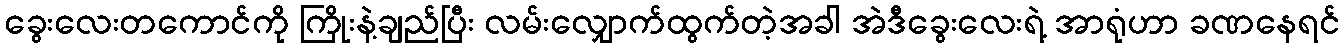
ခွေးလေးတကောင်ကို ကြိုးနဲ့ချည်ပြီး လမ်းလျှောက်ထွက်တဲ့အခါ အဲဒီခွေးလေးရဲ့ အာရုံဟာ ခဏနေရင်